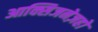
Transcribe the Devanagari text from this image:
आक्सिजनेज़हो